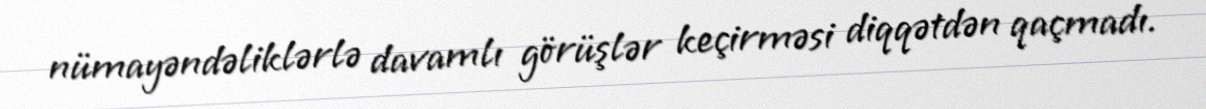
nümayəndəliklərlə davamlı görüşlər keçirməsi diqqətdən qaçmadı.